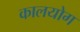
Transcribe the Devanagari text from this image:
कालयोग